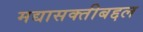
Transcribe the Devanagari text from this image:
मद्यासक्तीबद्दल